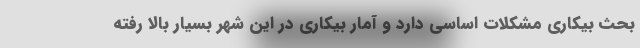
بحث بیکاری مشکلات اساسی دارد و آمار بیکاری در این شهر بسیار بالا رفته